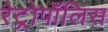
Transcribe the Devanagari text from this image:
रेट्रोपॉलिस